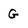
Character: G